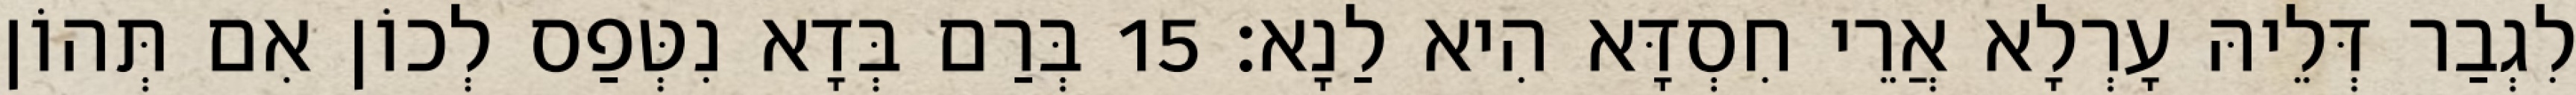
לִגְבַר דְּלֵיהּ עָרְלָא אֲרֵי חִסְדָּא הִיא לַנָא׃ 15 בְּרַם בְּדָא נִטְּפַס לְכוֹן אִם תְּהוֹן